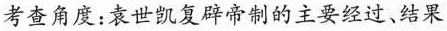
考查角度：袁世凯复辟帝制的主要经过、结果